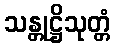
သန္တုဋ္ဌိသုတ္တံ